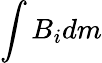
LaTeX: \int B_{i}dm